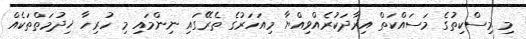
މި މިސްކިތުގެ މަސައްކަތް އިރާދަކުރެއްވިއްޔާ މިއަހަރުގެ ތެރޭގައި ނިންމައި މި ހުރިހާ ޚިދުމަތްތަކެއް